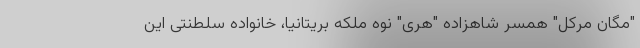
"مگان مرکل" همسر شاهزاده "هری" نوه ملکه بریتانیا، خانواده سلطنتی این